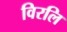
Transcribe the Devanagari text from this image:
विरलि